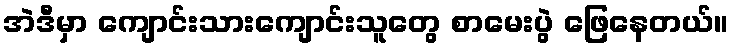
အဲဒီမှာ ကျောင်းသားကျောင်းသူတွေ စာမေးပွဲ ဖြေနေတယ်။